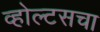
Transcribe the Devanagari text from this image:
व्होल्टसचा